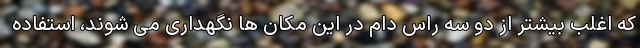
که اغلب بیشتر از دو سه راس دام در این مکان ها نگهداری می شوند، استفاده